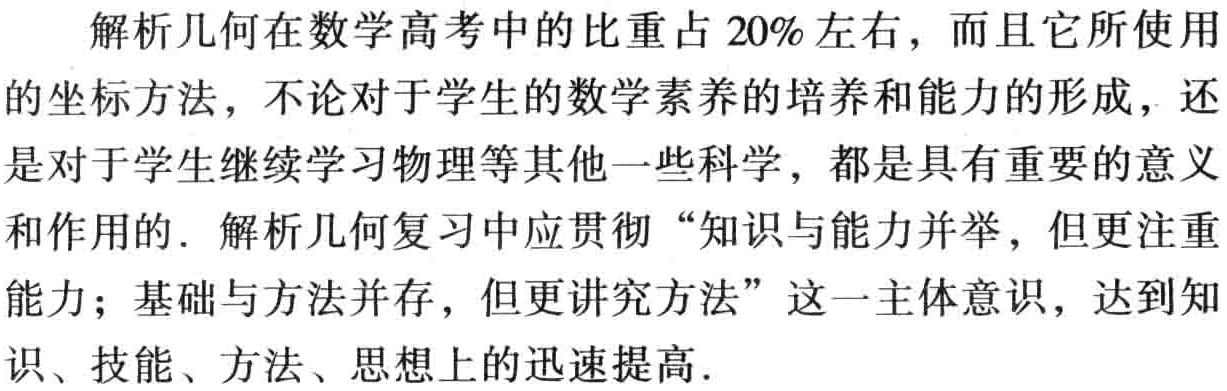
解析几何在数学高考中的比重占 20%左右，而且它所使用

的坐标方法，不论对于学生的数学素养的培养和能力的形成，还

是对于学生继续学习物理等其他一些科学，都是具有重要的意义

和作用的. 解析几何复习中应贯彻 “知识与能力并举，但更注重

能力；基础与方法并存，但更讲究方法” 这一主体意识，达到知

识、技能、方法、思想上的迅速提高.